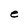
Character: e